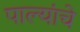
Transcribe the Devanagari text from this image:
पाल्यांचे